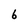
Character: 6